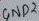
Text: GND2